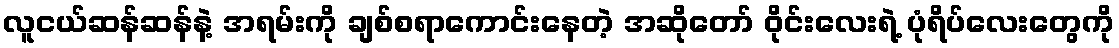
လူငယ်ဆန်ဆန်နဲ့ အရမ်းကို ချစ်စရာကောင်းနေတဲ့ အဆိုတော် ဝိုင်းလေးရဲ့ ပုံရိပ်လေးတွေကို